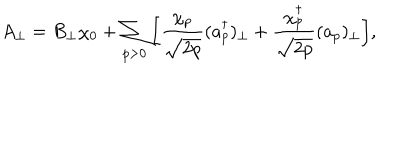
A _ { \perp } = B _ { \perp } \chi _ { 0 } + \sum _ { p > 0 } \bigg [ \frac { \chi _ { p } } { \sqrt { 2 p } } ( a _ { p } ^ { \dagger } ) _ { \perp } + \frac { \chi _ { p } ^ { \dagger } } { \sqrt { 2 p } } ( a _ { p } ) _ { \perp } \bigg ] ,